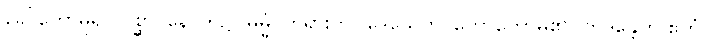
ခေါ်တော်မူ၍။ ပစ္ဆာ၊ နောက်၌။ ဓမ္မံ၊ တရားကို။ ဒေသေတိ၊ ဟောတော်မူ၏။ ဘဒန္တေတိ ဧတံ